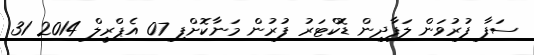
ސަފާ ފުރުވަން ލަފާދިން ޑޮކްޓަރު ފުރުން މަނާކޮށްފި 07 އެޕްރީލް 2014 31